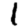
Digit: 1